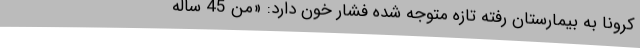
کرونا به بیمارستان رفته تازه متوجه شده فشار خون دارد: «من 45 ساله